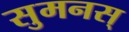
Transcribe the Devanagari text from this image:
सुमनस्‌